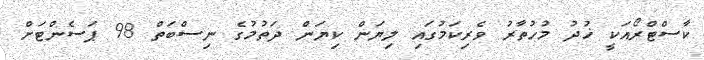
ކާސްޓްރޯއަކީ ޚުދު މުހުތާރު ވެރިކަމުގައި ލިޔަން ކިޔަން ދަތުމުގެ ނިސްބަތް 98 ޕަސެންޓަށް